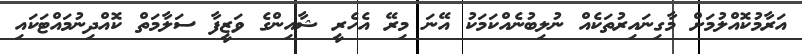
އަރާމުކޮއްލުމަށް މާގިނައިރުތަކެއް ނުލިބުނެއްކަމަކު އޭނަ މިރޭ އެހެރީ ޝާއިންގެ ވަޒީފާ ސަލާމަތް ކޮއްދިނުމައްޓަކައި